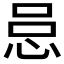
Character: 𪫰